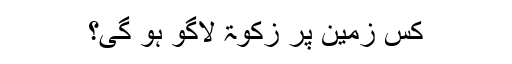
کس زمین‌ پر زکوۃ لاگو ہو گی؟